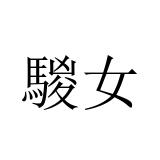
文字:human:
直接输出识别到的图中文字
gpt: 騣女